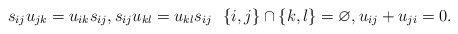
\begin{gather*}s_{ij} u_{jk}= u_{ik} s_{ij},s_{ij} u_{kl}=u_{kl} s_{ij} \ \ \{i,j\}\cap \{ k,l\}=\varnothing, u_{ij}+u_{ji}=0.\end{gather*}